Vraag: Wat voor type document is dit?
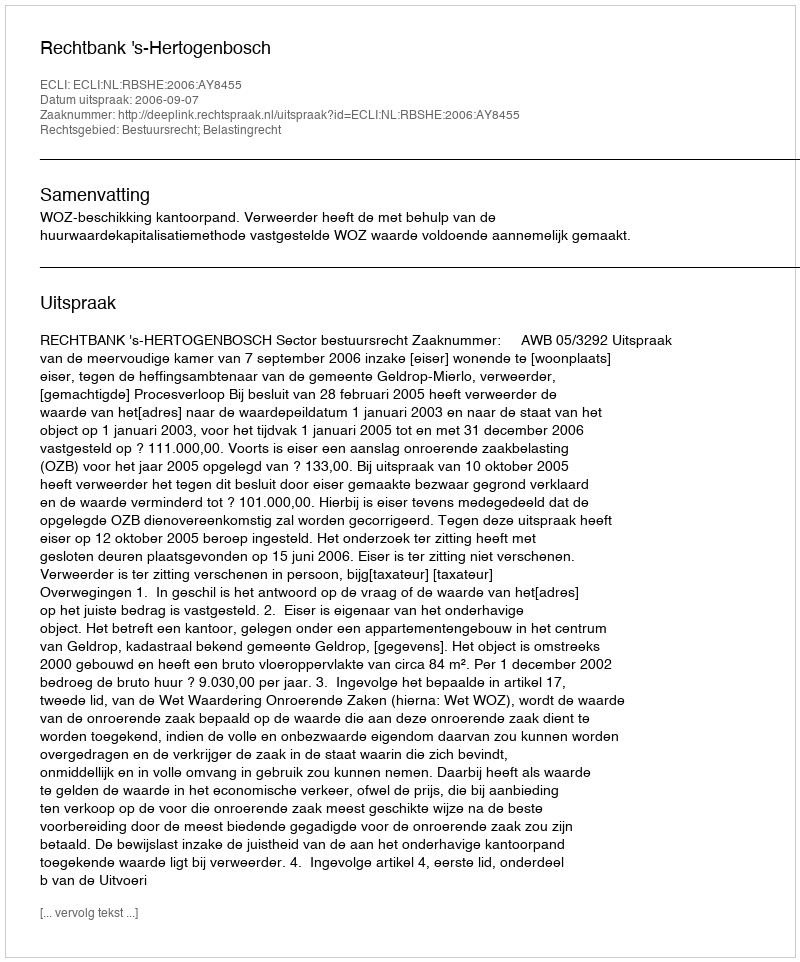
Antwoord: Uitspraak